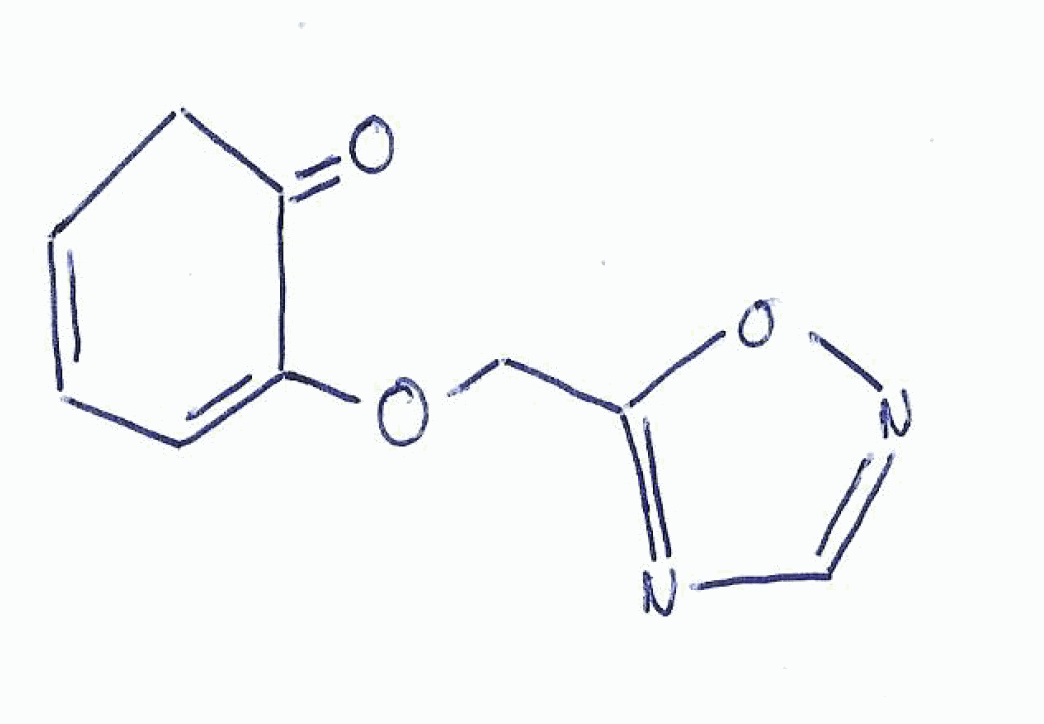
Simplified molecular-input line-entry system (SMILES) notation of the given molecule:
C1C=CC=C(C1=O)OCC2=NC=NO2